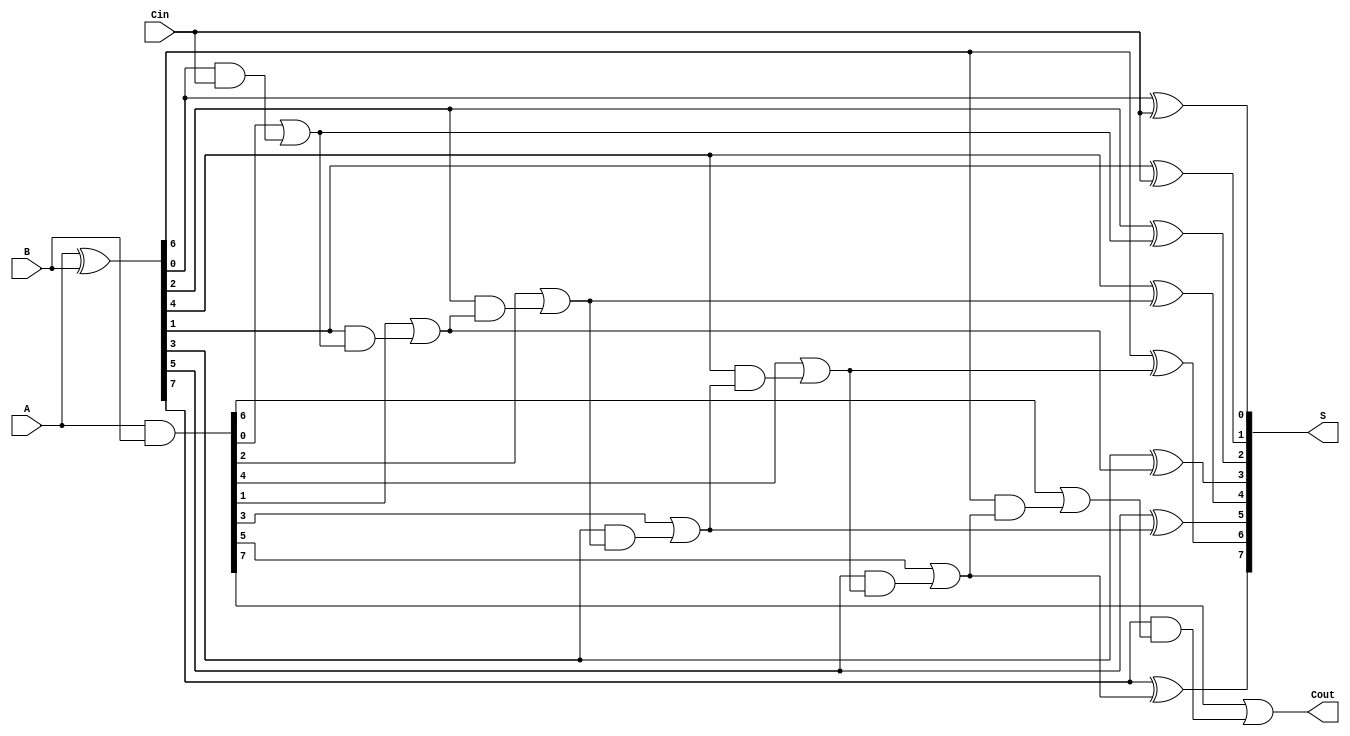
module BrentKungAdder #(
    parameter N = 8  // Width of the adder (Number of bits)
)(
    input  [N-1:0] A,      // First operand
    input  [N-1:0] B,      // Second operand
    input         Cin,      // Carry-in
    output [N-1:0] S,      // Sum output
    output        Cout      // Carry-out output
);

    // Generate and Propagate signals
    wire [N-1:0] G;  // Generate signals
    wire [N-1:0] P;  // Propagate signals
    wire [N:0] C;    // Carry signals, C[0] is the carry-in

    // Stage 1: Generate and Propagate
    assign G = A & B;       // Generate
    assign P = A ^ B;       // Propagate
    assign C[0] = Cin;      // Initial carry-in

    // Compute carry signals using the prefix tree structure
    genvar i, j;
    generate
        // Initialize carry signals for the first level
        for (i = 1; i < N + 1; i = i + 1) begin
            if (i % 2 == 1) begin
                assign C[i] = G[i-1] | (P[i-1] & C[i-1]); // For odd indices
            end
        end
        
        // Second level: Calculate carry signals for even indices
        for (j = 2; j < N + 1; j = j + 2) begin
            assign C[j] = G[j-1] | (P[j-1] & C[j-1]);
        end
    endgenerate

    // Final carry-out
    assign Cout = C[N];

    // Sum calculation
    assign S[0] = P[0] ^ Cin; // Least significant bit
    generate
        for (i = 1; i < N; i = i + 1) begin
            assign S[i] = P[i] ^ C[i-1]; // Other bits
        end
    endgenerate

endmodule